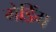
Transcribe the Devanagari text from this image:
गेडिंग